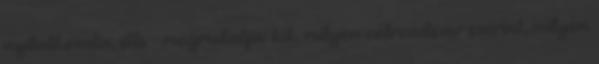
nyilatkoza­ta, stb. - megmutatja: kik, milyen cél­rendszer szerint, milyen